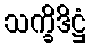
သက္ခိဒိဋ္ဌံ